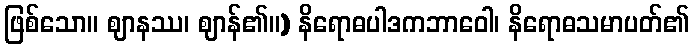
ဖြစ်သော။ ဈာနဿ၊ ဈာန်၏။) နိရောဓပါဒကဘာဝေါ၊ နိရောဓသမာပတ်၏